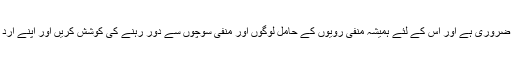
ان سب باتوں کے ساتھ ساتھ دماغی طور پر بھی صحت مند رہنا ضروری ہے اور اس کے لئے ہمیشہ منفی رویوں کے حامل لوگوں اور منفی سوچوں سے دور رہنے کی کوشش کریں اور اپنے ارد گرد اور اپنے اندر کی شخصیت کو مثبت انداز میں اجاگر کریں ۔